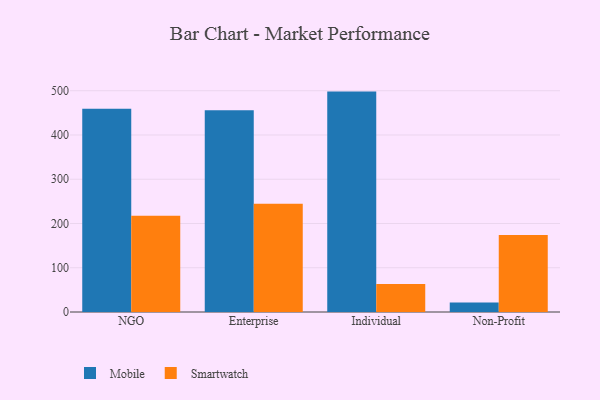
{"axis": {"x": "Segment", "y": "Shipments"}, "legend": ["Mobile", "Smartwatch"], "data": [{"x": "NGO", "y": 459.3, "type": "Mobile"}, {"x": "NGO", "y": 217.6, "type": "Smartwatch"}, {"x": "Enterprise", "y": 456.0, "type": "Mobile"}, {"x": "Enterprise", "y": 244.9, "type": "Smartwatch"}, {"x": "Individual", "y": 498.1, "type": "Mobile"}, {"x": "Individual", "y": 63.0, "type": "Smartwatch"}, {"x": "Non-Profit", "y": 21.3, "type": "Mobile"}, {"x": "Non-Profit", "y": 174.1, "type": "Smartwatch"}]}